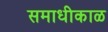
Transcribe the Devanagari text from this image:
समाधीकाळ